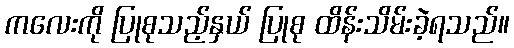
ကလေးကို ပြုစုသည့်နှယ် ပြုစု ထိန်းသိမ်းခဲ့ရသည်။